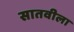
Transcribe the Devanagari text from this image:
सातवीला